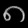
Digit: ၈